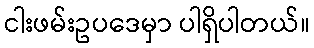
ငါးဖမ်းဥပဒေမှာ ပါရှိပါတယ်။